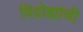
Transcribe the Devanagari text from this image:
विद्रोह्यांची